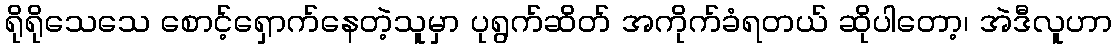
ရိုရိုသေသေ စောင့်ရှောက်နေတဲ့သူမှာ ပုရွက်ဆိတ် အကိုက်ခံရတယ် ဆိုပါတော့၊ အဲဒီလူဟာ